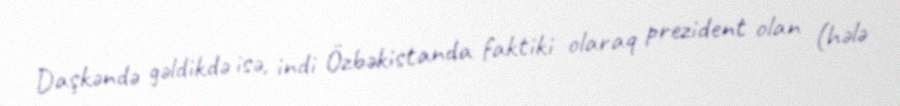
Daşkəndə gəldikdə isə, indi Özbəkistanda faktiki olaraq prezident olan (hələ